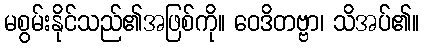
မစွမ်းနိုင်သည်၏အဖြစ်ကို။ ဝေဒိတဗ္ဗာ၊ သိအပ်၏။